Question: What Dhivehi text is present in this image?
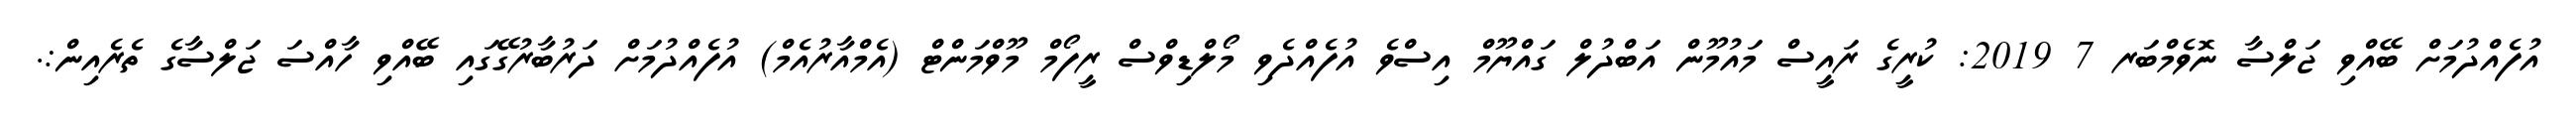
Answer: އުފެއްދުމަށް ބޭއްވި ޖަލްސާ ނޮވެމްބަރ 7 2019: ކުރީގެ ރައީސް މައުމޫން އަބްދުލް ގައްޔޫމް އިސްވެ އުފެއްދެވި މޯލްޑިވްސް ރީފޯމް މޫވްމަންޓް (އެމްއާރުއެމް) އުފެއްދުމަށް ދަރުބާރުގޭގައި ބޭއްވި ހާއްސަ ޖަލްސާގެ ތެރެއިން:.